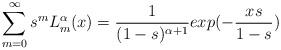
LaTeX: \begin{align*} \sum_{m=0}^{\infty}s^{m}L_{m}^{\alpha}(x)=\frac{1}{(1-s)^{\alpha+1}}exp(-\frac{xs}{1-s})\end{align*}